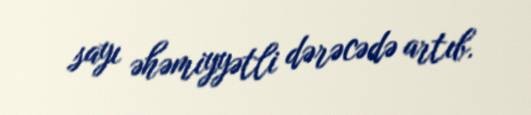
sayı əhəmiyyətli dərəcədə artıb.